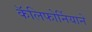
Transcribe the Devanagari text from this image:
कॅलिफोर्नियाने